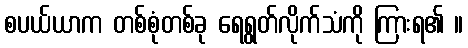
စပယ်ယာက တစ်စုံတစ်ခု ရေရွတ်လိုက်သံကို ကြားရ၏ ။